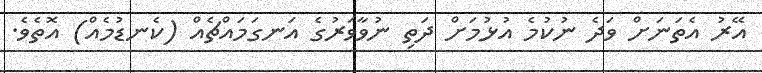
އޭރު އެތަނަށް ވަދެ ނުކުމެ އުޅުމަށް ދަތި ނުވާވަރުގެ އަނގަމައްޗެއް (ކެނޑުމެއް) އޮތެވެ.